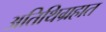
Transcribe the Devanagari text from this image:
अतिथिग्रहात